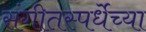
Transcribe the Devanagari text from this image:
संगीतस्पर्धेच्या